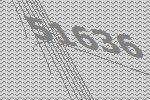
51636